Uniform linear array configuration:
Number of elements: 32
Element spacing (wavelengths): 0.25
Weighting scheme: uniform
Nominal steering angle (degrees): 30
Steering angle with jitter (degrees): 28.306
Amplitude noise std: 0.05
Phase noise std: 0.05

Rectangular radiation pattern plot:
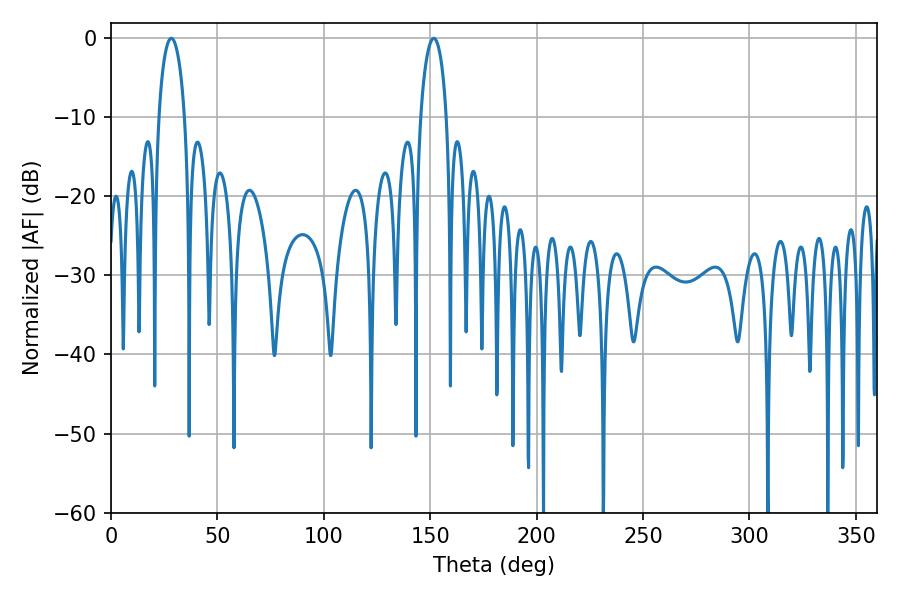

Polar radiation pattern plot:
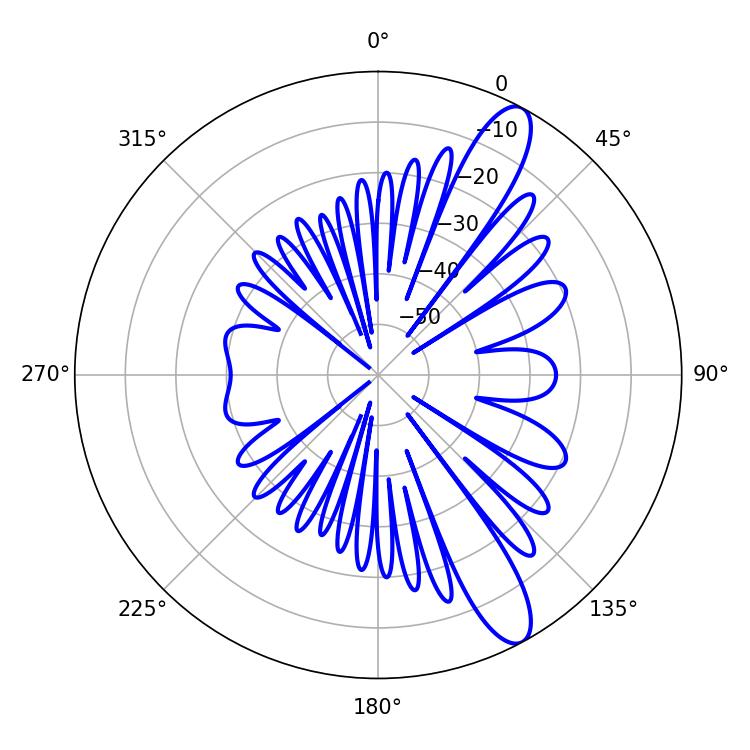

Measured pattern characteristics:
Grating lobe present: FALSE
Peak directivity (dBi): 11.747
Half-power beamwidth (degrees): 7.02
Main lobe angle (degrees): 28.26